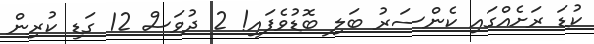
ކުޑަ ރަށެއްގައި ކެންސަރު ބަލި ބޮޑުވެފައި! 2 ދުވަސް 12 ގަޑި ކުރިން